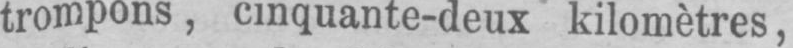
trompons, cinquante-deux kilomètres,